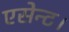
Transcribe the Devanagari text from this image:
एसेन्ट।